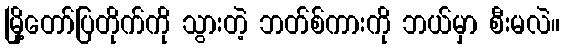
မြို့တော်ပြတိုက်ကို သွားတဲ့ ဘတ်စ်ကားကို ဘယ်မှာ စီးမလဲ။